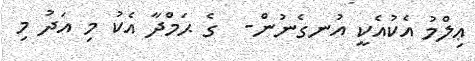
ޢިލްމު އެކުއެކީ އުނގެނުން-  ގެ ޙަމްދާ އެކު މި އަދު މި